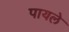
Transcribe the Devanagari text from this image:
पायले